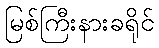
မြစ်ကြီးနားခရိုင်